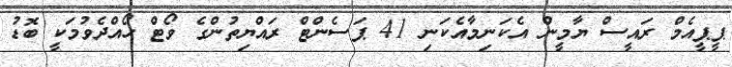
ޕީޕީއެމް ރައީސް ޔާމީން އެކަނިމާއެކަނި 41 ޕަސެންޓް ރައްޔިތުންގެ ވޯޓް ހޯއްދެވުމަކީ ބޮޑު